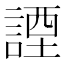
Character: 諲